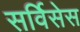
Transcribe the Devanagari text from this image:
सर्विसेस